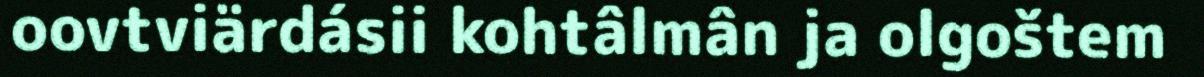
oovtviärdásii kohtâlmân ja olgoštem